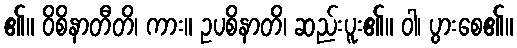
၏။ ဝိစိနာတီတိ၊ ကား။ ဥပစိနာတိ၊ ဆည်းပူး၏။ ဝါ၊ ပွားစေ၏။